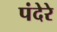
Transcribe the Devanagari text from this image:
पंदेरे